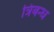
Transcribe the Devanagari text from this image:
त्रिबन्ध